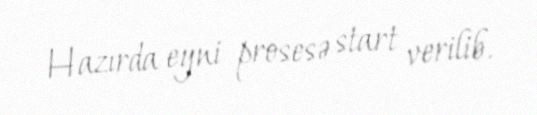
Hazırda eyni prosesə start verilib.